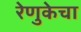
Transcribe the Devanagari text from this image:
रेणुकेचा